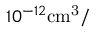
1 0 ^ { - 1 2 } \mathrm { { c m } ^ { 3 } / }